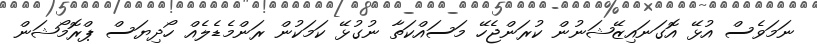
ނަމަވެސް އުޅޭ އޮގަނައިޒޭޝަނުން ކުރަންޖެހޭ މަސައްކަތާ ނުގުޅޭ ކަމަކުން ރަންމެޑެލެއް ހޯދިޔަސް ޕްރޮމޯޝަން